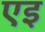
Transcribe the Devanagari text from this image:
एइ